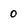
Character: 0